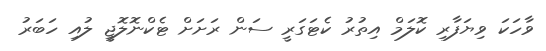
ވާހަކަ ވިޔަފާރި ކޮލަމް އިތުރު ކެޓަގަރީ ސަން ރަށަށް ޓެކްނޮލޮޖީ ލުއި ހަބަރު